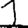
Digit: 1